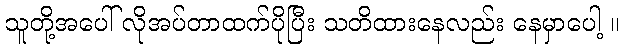
သူတို့အပေါ် လိုအပ်တာထက်ပိုပြီး သတိထားနေလည်း နေမှာပေါ့ ။